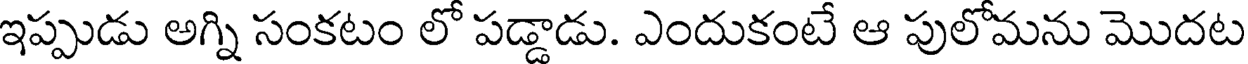
ఇప్పుడు అగ్ని సంకటం లో పడ్డాడు. ఎందుకంటే ఆ పులోమను మొదట